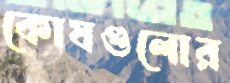
কোষগুলোর